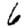
Digit: 6